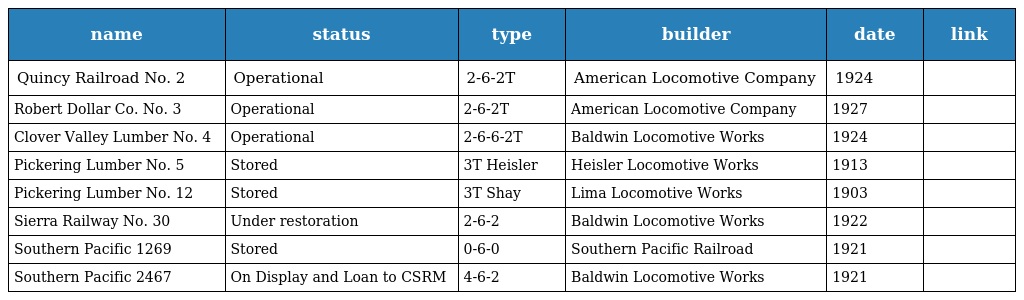
| name | status | type | builder | date | link |
 | --- | --- | --- | --- | --- | --- |
 | Quincy Railroad No. 2 | Operational | 2-6-2T | American Locomotive Company | 1924 |  |
 | Robert Dollar Co. No. 3 | Operational | 2-6-2T | American Locomotive Company | 1927 |  |
 | Clover Valley Lumber No. 4 | Operational | 2-6-6-2T | Baldwin Locomotive Works | 1924 |  |
 | Pickering Lumber No. 5 | Stored | 3T Heisler | Heisler Locomotive Works | 1913 |  |
 | Pickering Lumber No. 12 | Stored | 3T Shay | Lima Locomotive Works | 1903 |  |
 | Sierra Railway No. 30 | Under restoration | 2-6-2 | Baldwin Locomotive Works | 1922 |  |
 | Southern Pacific 1269 | Stored | 0-6-0 | Southern Pacific Railroad | 1921 |  |
 | Southern Pacific 2467 | On Display and Loan to CSRM | 4-6-2 | Baldwin Locomotive Works | 1921 |  |